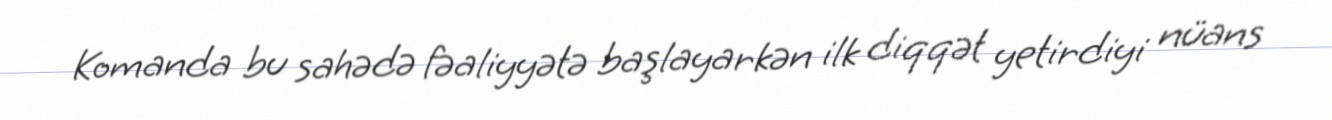
Komanda bu sahədə fəaliyyətə başlayarkən ilk diqqət yetirdiyi nüans